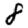
Digit: 8